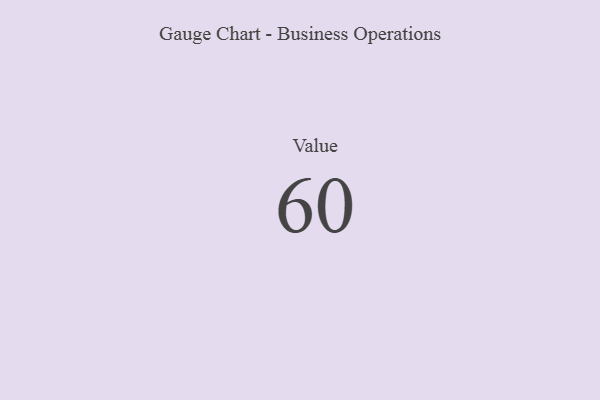
{"axis": {"x": "Metric", "y": "Value"}, "legend": [""], "data": [{"x": "Value", "y": 60, "type": ""}]}